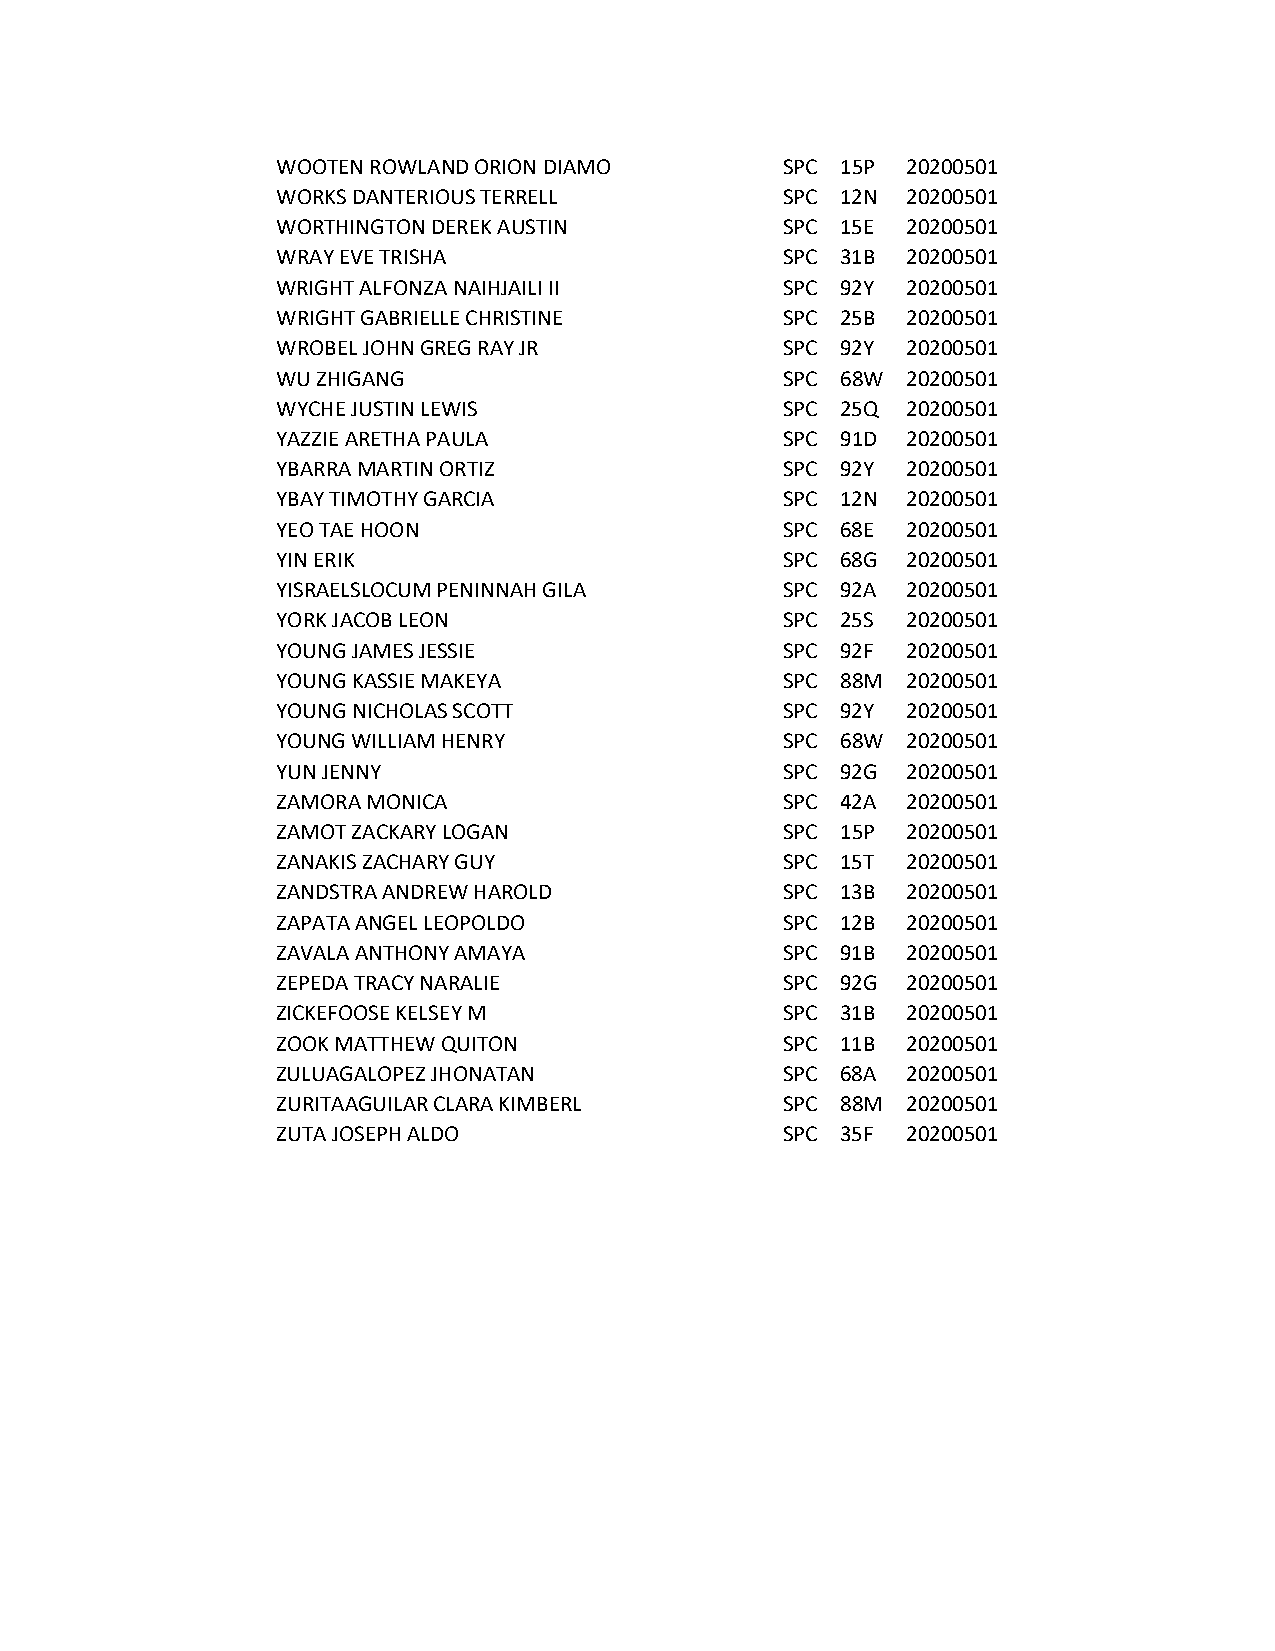
WOOTEN ROWLAND ORION DIAMO        SPC 15P 20200501
 WORKS DANTERIOUS TERRELL          SPC 12N 20200501
 WORTHINGTON DEREK AUSTIN          SPC 15E 20200501
 WRAY EVE TRISHA                   SPC 31B 20200501
 WRIGHT ALFONZA NAIHJAILI II       SPC 92Y 20200501
 WRIGHT GABRIELLE CHRISTINE        SPC 25B 20200501
 WROBEL JOHN GREG RAY JR           SPC 92Y 20200501
 WU ZHIGANG                        SPC 68W 20200501
 WYCHE JUSTIN LEWIS                SPC 25Q 20200501
 YAZZIE ARETHA PAULA               SPC 91D 20200501
 YBARRA MARTIN ORTIZ               SPC 92Y 20200501
 YBAY TIMOTHY GARCIA               SPC 12N 20200501
 YEO TAE HOON                      SPC 68E 20200501
 YIN ERIK                          SPC 68G 20200501
 YISRAELSLOCUM PENINNAH GILA       SPC 92A 20200501
 YORK JACOB LEON                   SPC 25S 20200501
 YOUNG JAMES JESSIE                SPC 92F 20200501
 YOUNG KASSIE MAKEYA               SPC 88M 20200501
 YOUNG NICHOLAS SCOTT              SPC 92Y 20200501
 YOUNG WILLIAM HENRY               SPC 68W 20200501
 YUN JENNY                         SPC 92G 20200501
 ZAMORA MONICA                     SPC 42A 20200501
 ZAMOT ZACKARY LOGAN               SPC 15P 20200501
 ZANAKIS ZACHARY GUY               SPC 15T 20200501
 ZANDSTRA ANDREW HAROLD            SPC 13B 20200501
 ZAPATA ANGEL LEOPOLDO             SPC 12B 20200501
 ZAVALA ANTHONY AMAYA              SPC 91B 20200501
 ZEPEDA TRACY NARALIE              SPC 92G 20200501
 ZICKEFOOSE KELSEY M               SPC 31B 20200501
 ZOOK MATTHEW QUITON               SPC 11B 20200501
 ZULUAGALOPEZ JHONATAN             SPC 68A 20200501
 ZURITAAGUILAR CLARA KIMBERL       SPC 88M 20200501
 ZUTA JOSEPH ALDO                  SPC 35F 20200501